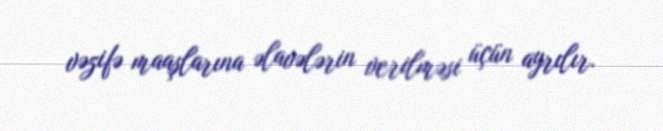
vəzifə maaşlarına əlavələrin verilməsi üçün ayrılır.